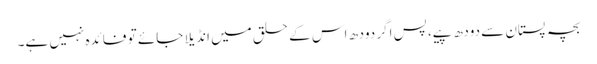
بچہ پستان سے دودھ پیے، پس اگر دودھ اس کے حلق میں انڈیلا جائے تو فائدہ نہیں ہے۔